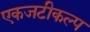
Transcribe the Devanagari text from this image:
एकजटीकल्प